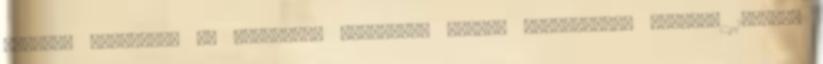
meccset szombaton és vasárnap. Szombaton rendes játékidőben nyertek 1-0-ra,